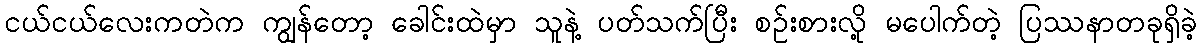
ငယ်ငယ်လေးကတဲက ကျွန်တော့ ခေါင်းထဲမှာ သူနဲ့ ပတ်သက်ပြီး စဉ်းစားလို့ မပေါက်တဲ့ ပြဿနာတခုရှိခဲ့